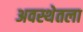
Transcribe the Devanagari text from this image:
अवस्थेतला